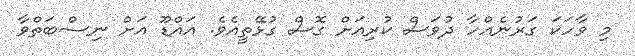
މި ވާހަކަ ގަރުނެއްހާ ދުވަސް ކުރިއަށް ގޮސް ގުޅޭތީއެވެ. އައްޑޫ އަށް ނިސްބަތްވާ